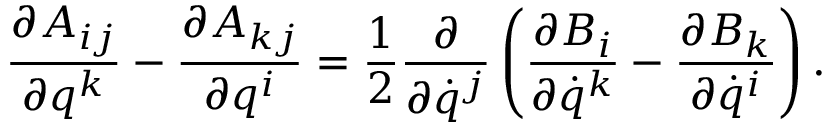
\frac { \partial A _ { i j } } { \partial q ^ { k } } - \frac { \partial A _ { k j } } { \partial q ^ { i } } = \frac 1 2 \frac { \partial } { \partial \dot { q } ^ { j } } \left( \frac { \partial B _ { i } } { \partial \dot { q } ^ { k } } - \frac { \partial B _ { k } } { \partial \dot { q } ^ { i } } \right) .